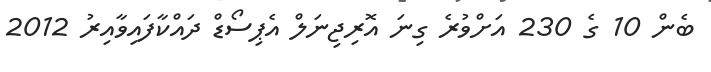
ބެން 10 ގެ 230 އަށްވުރެ ގިނަ އޮރިޖިނަލް އެޕިސޯޑް ދައްކާފައިވާއިރު 2012